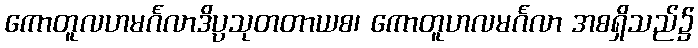
ကောတူလဟမင်္ဂလာဒိပ္ပသုတတာယစ၊ ကောတူဟလမင်္ဂလာ အစရှိသည်၌